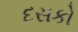
દસકો